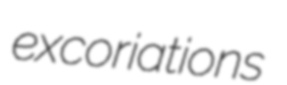
excoriations